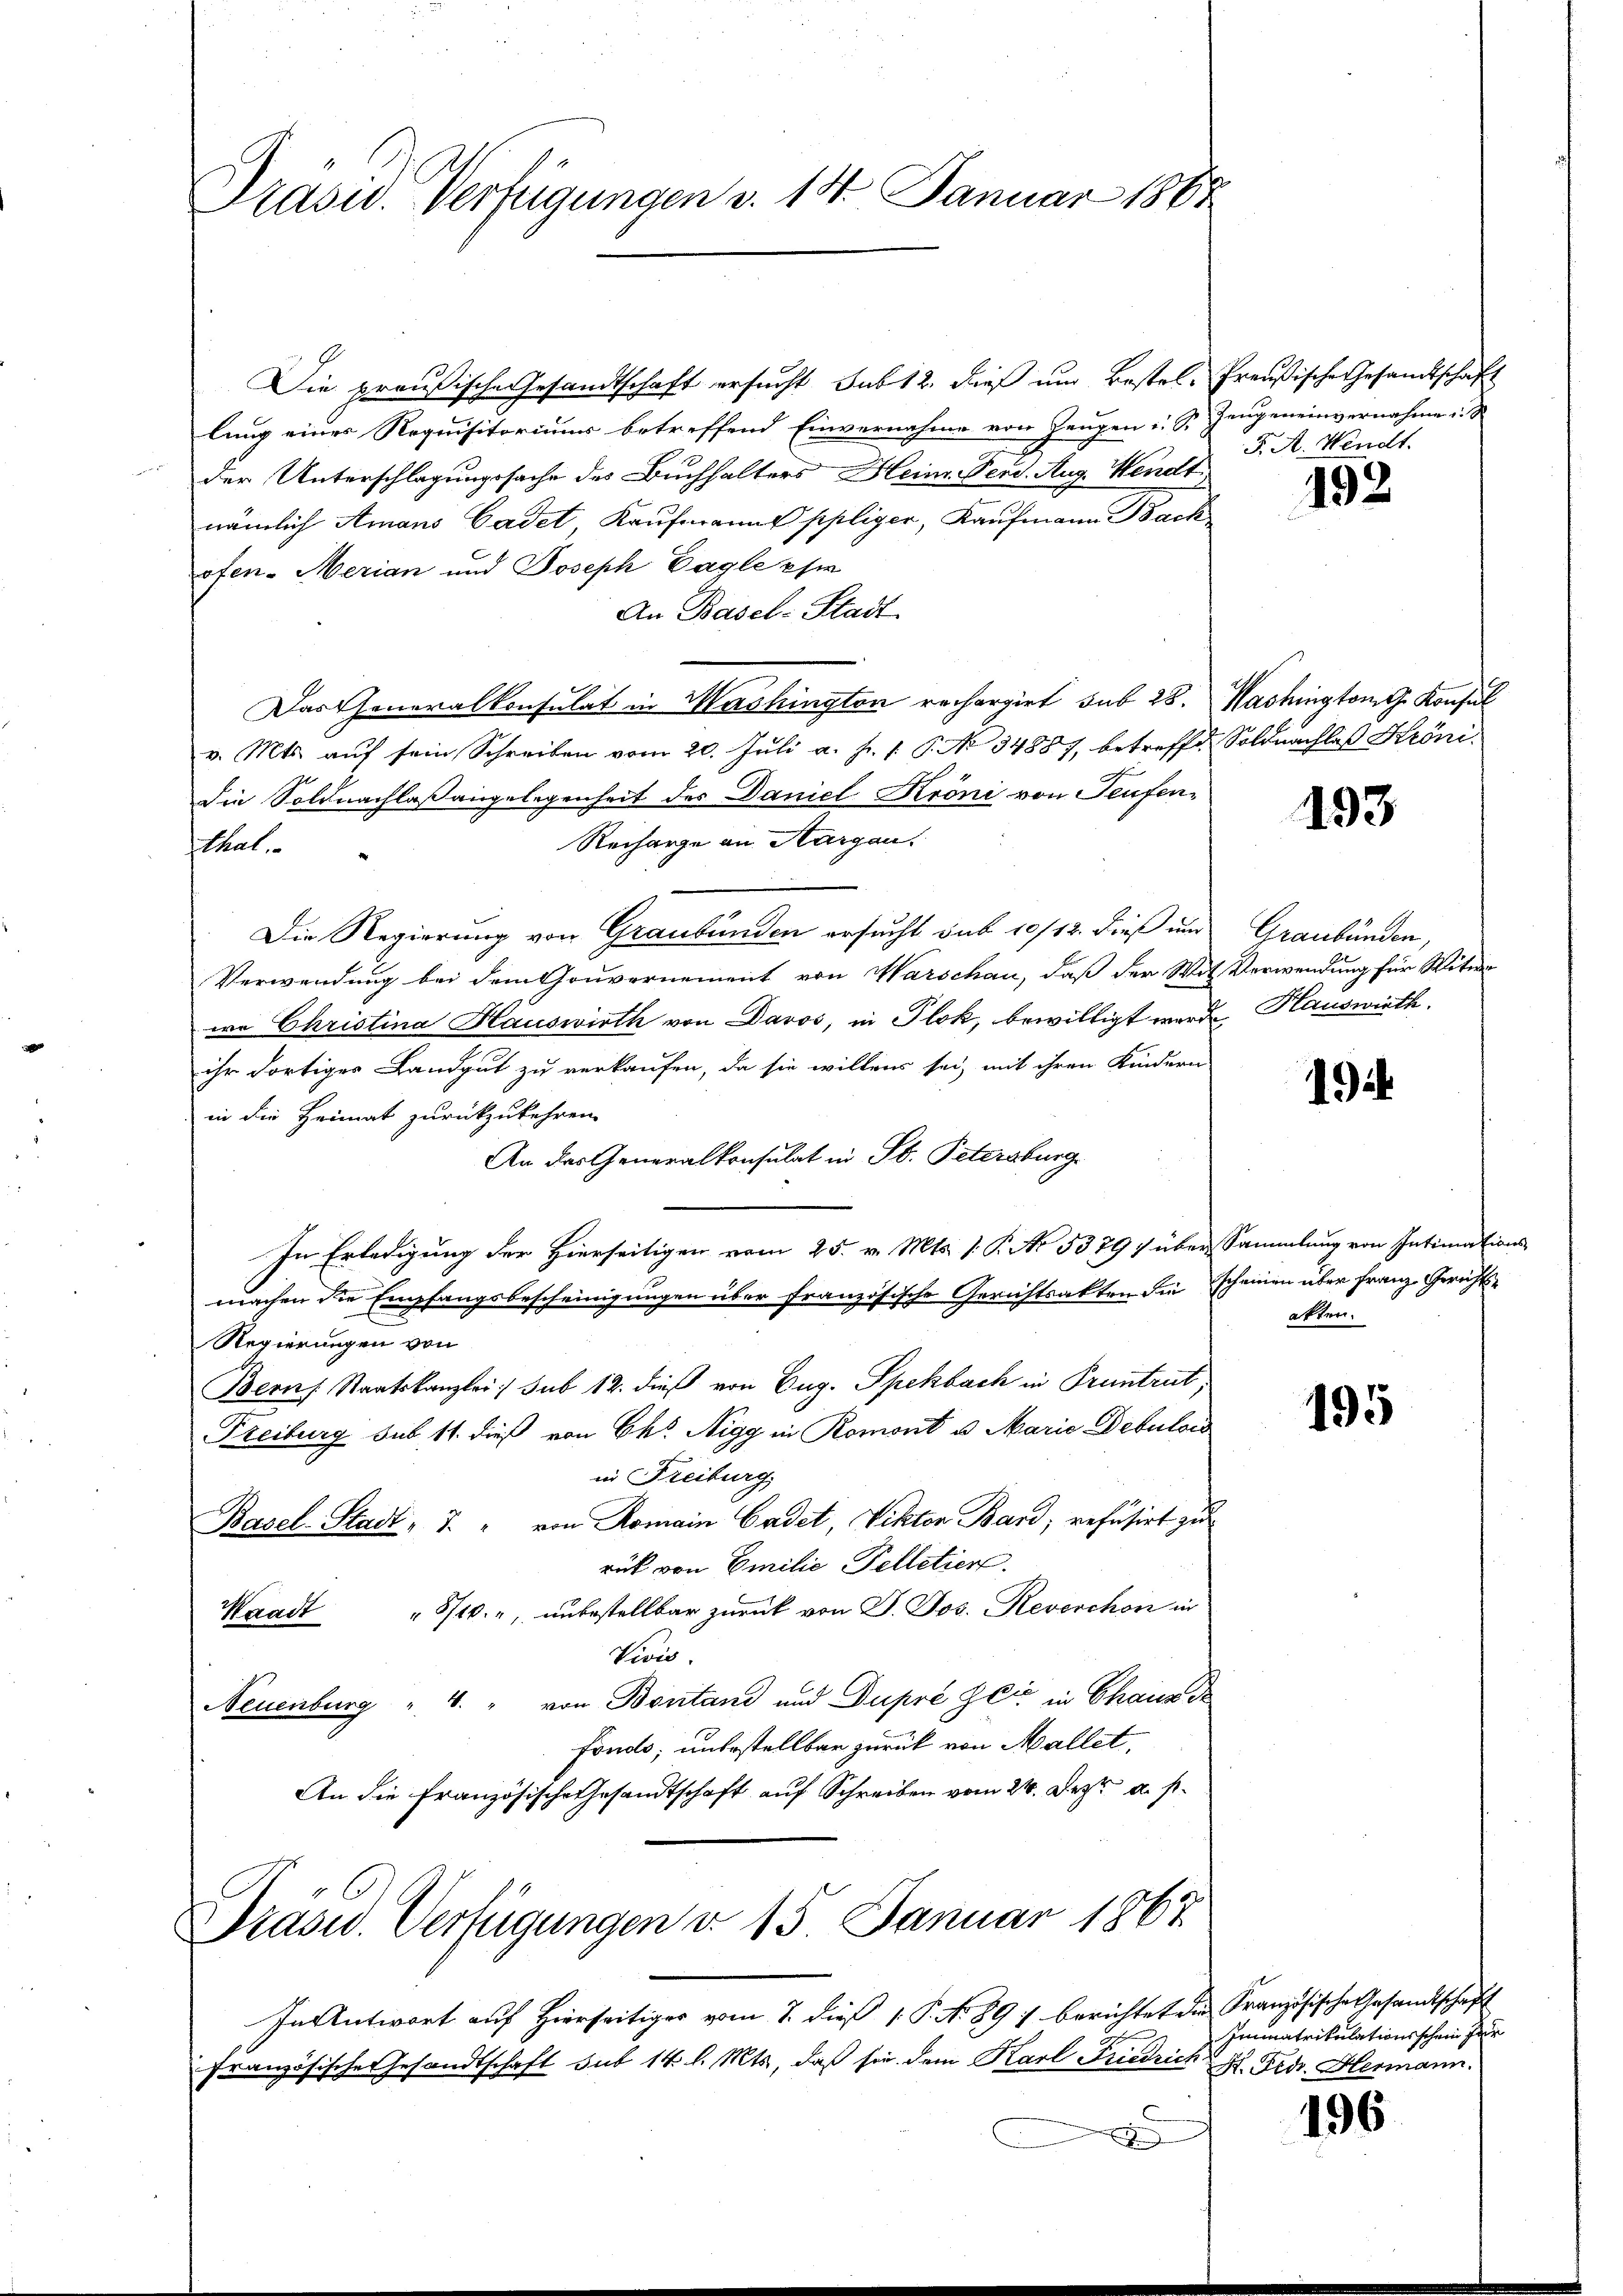
Die preußische Gesandtschaft ersucht sub 12. dieß um Bestel- Preußische Gesandtschaft
lung eines Requisitoriums betreffend Einvernahme von Zeugen v. J. Zeugeneinvernahme i
der Unterschlagungssache des Buchhalters Heinr. Ferd. Aug. Wendt
nämlich Amans Cadet, Kaufmann ppliger, Kaufmann nach
ofen. Merian und Joseph Cagle pr
An Basel-Stadt
Das Generalkonsulat in Washington rechargirt sub 28.
v. Mts. auf sein Schreiben vom 20. Juli a. f. 1. P. No 34887, betreffd. Soldnachlaß Kröni-
die Soldnachlaßangelegenheit des Daniel Kröni von Teufen¬
Recharge an Margau.
tal.
Die Regierung von Graubünden ersucht sub 10/12. dieß und Graubünden,
Verwendung bei dem Gouvernement von Warschau, daß der Mit Verwendung für Witwe
wa Christina Hauswirth von Davos, in Plok, bewilligt wurde, Hauswirth
ihr dortiges Landgut zu verkaufen, da sie willens sei, mit ihren Kindern
in die Heimat zurückzukehren.
An das Generalkonsulat in St. Petersburg
In Erledigung der Hierseitigen vom 25. v. Mts. 1. P. No 5379) über Sammlung von Intimations-
machen die Empfangsbescheinigungen über französische Gerichtsakten die scheinen über Franz Gerichts¬
Regierungen von
Bern Staatskanzlei :/ sub 12. dieß von Eug. Spekbach in Pruntrut,
Freiburg sub 11. dieß von Eks Nigg in Romont u. Marie Debutows
in Freiburg,
Basel-Stadt „J. " von Romain Cadet, Viktor Band, refüsirt zu
rück von Emilie Pelletier.
8/10., unbestellbar zurück von J. Jos. Reveschon in
Waadt
Vivis.
Neuenburg " 4. " von Bontand und Dupre Zeit in Chaus de
fonds; unbestellbar zurück von Mallet,
An die Französische Gesandtschaft auf Schreiben vom 24. Dezt u. s.

Präsid. Verfügungen v. 14. Januar 1887

Präsid. Verfügungen d. 15. Januar 1867

In Antwort auf Hierseitiger vom 1. dieß 1. P. N. 891 berichteten Französische Gesandtschaft
Französische Gesandtschaft sub 14. l. Mts., daß sie dem Karl Friedrichx

F. A. Wendt.

192

Washington G. Konsul

193

192

akter.

195

Immatrikulationsschein zur
H. Fid. Hermann.

196